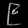
Digit: ၉